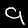
Digit: 9